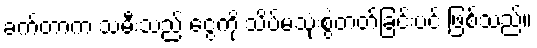
ခက်တာက သမီးသည် ငွေကို သိပ်မသုံးစွဲတတ်ခြင်းပင် ဖြစ်သည်။